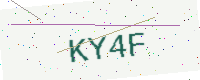
Text: KY4F